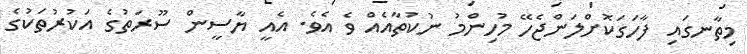
މިތާނގައި ފާހަގަކޮށްލަންޖެހޭ މުހިންމު ނުކުތާއެއް ވެ އެވެ. އެއީ ޔާސީން ސޫރަތުގެ އަކުރުތަކުގެ